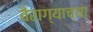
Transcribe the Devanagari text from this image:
बैराग्याच्या